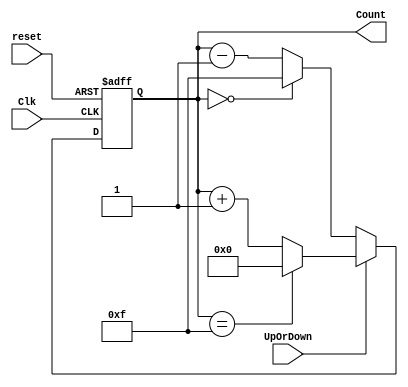
module iiitb_4bbc(
    Clk,
    reset,
    UpOrDown,  //high for UP counter and low for Down counter
    Count
    );

    
    //input ports and their sizes
    input Clk,reset,UpOrDown;
    //output ports and their size
    output [3 : 0] Count;
    //Internal variables
    reg [3 : 0] Count = 0;  
    
     always @(posedge(Clk) or posedge(reset))
     begin
        if(reset == 1) 
            Count <= 0;
        else    
            if(UpOrDown == 1)   //Up mode selected
                if(Count == 15)
                    Count <= 0;
                else
                    Count <= Count + 1; //Incremend Counter
            else  //Down mode selected
                if(Count == 0)
                    Count <= 15;
                else
                    Count <= Count - 1; //Decrement counter
     end    
    
endmodule